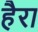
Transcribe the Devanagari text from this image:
हैरा